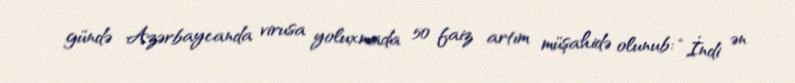
gündə Azərbaycanda virusa yoluxmada 50 faiz artım müşahidə olunub: “İndi ən